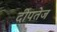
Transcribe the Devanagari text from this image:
दीपतेज